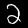
Digit: 2